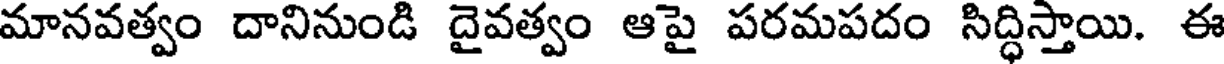
మానవత్వం దానినుండి దైవత్వం ఆపై పరమపదం సిద్ధిస్తాయి. ఈ